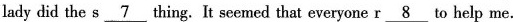
lady did the s\underline{7} thing. It seemed that everyone r\underline{8} to help me.